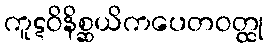
ကူဋဝိနိစ္ဆယိကပေတဝတ္ထု